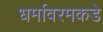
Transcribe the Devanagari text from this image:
धर्मावरमकडे